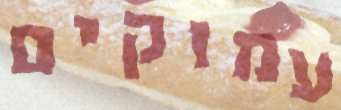
עמוקים